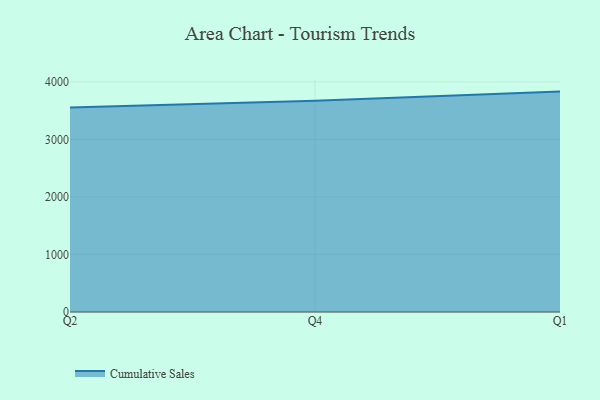
{"axis": {"x": "Quarter", "y": "Customer Acquisition Cost (USD)"}, "legend": ["Cumulative Sales"], "data": [{"x": "Q2", "y": 3551.9, "type": "Cumulative Sales"}, {"x": "Q4", "y": 3670.6, "type": "Cumulative Sales"}, {"x": "Q1", "y": 3829.0, "type": "Cumulative Sales"}]}